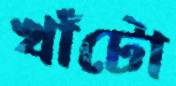
খাঁটো